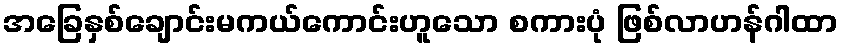
အခြေနှစ်ချောင်းမကယ်ကောင်းဟူသော စကားပုံ ဖြစ်လာဟန်ဂါထာ